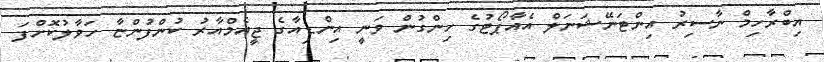
އިބްރާހިމް ނާސިރު އިންޓަނޭޝަނަލް އެއާޕޯޓުގެ ހިންގުން ވަނީ އިންޑިއާގެ ޖީއެމްއާރު ކުންފުންޏާ ހަވާލުކޮށްފަ